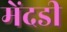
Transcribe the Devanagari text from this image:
मेंदडी